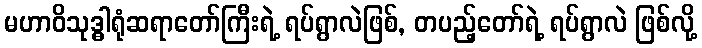
မဟာဝိသုဒ္ဓါရုံဆရာတော်ကြီးရဲ့ ရပ်ရွာလဲဖြစ်, တပည့်တော်ရဲ့ ရပ်ရွာလဲ ဖြစ်လို့